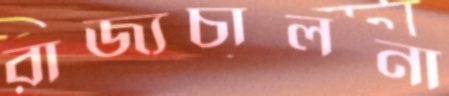
রাজ্যচালনা